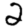
Digit: 2